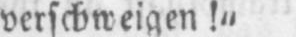
verschweigen!“